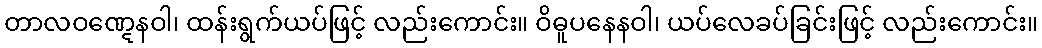
တာလဝဏ္ဋေနဝါ၊ ထန်းရွက်ယပ်ဖြင့် လည်းကောင်း။ ဝိဓူပနေနဝါ၊ ယပ်လေခပ်ခြင်းဖြင့် လည်းကောင်း။